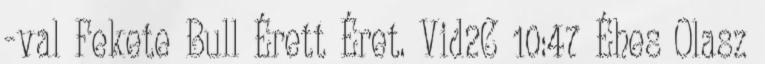
-val Fekete Bull Érett Éret. Vid2C 10:47 Éhes Olasz